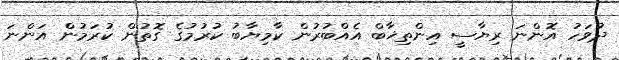
ދުވަހު އޮންނަ ރިޔާސީ އިންތިޚާބް އެއްބުރުން ކާމިޔާބު ކުރުމުގެ ގޮތުން ކުރަމުން އަންނަ